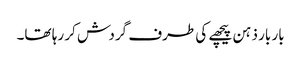
بار بار ذہن پیچھے کی طرف گردش کر رہا تھا۔